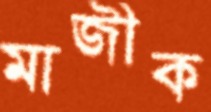
মাজীক